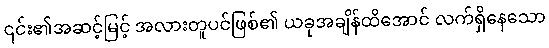
၎င်း၏အဆင့်မြင့် အလားတူပင်ဖြစ်၏ ယခုအချိန်ထိအောင် လက်ရှိနေသော